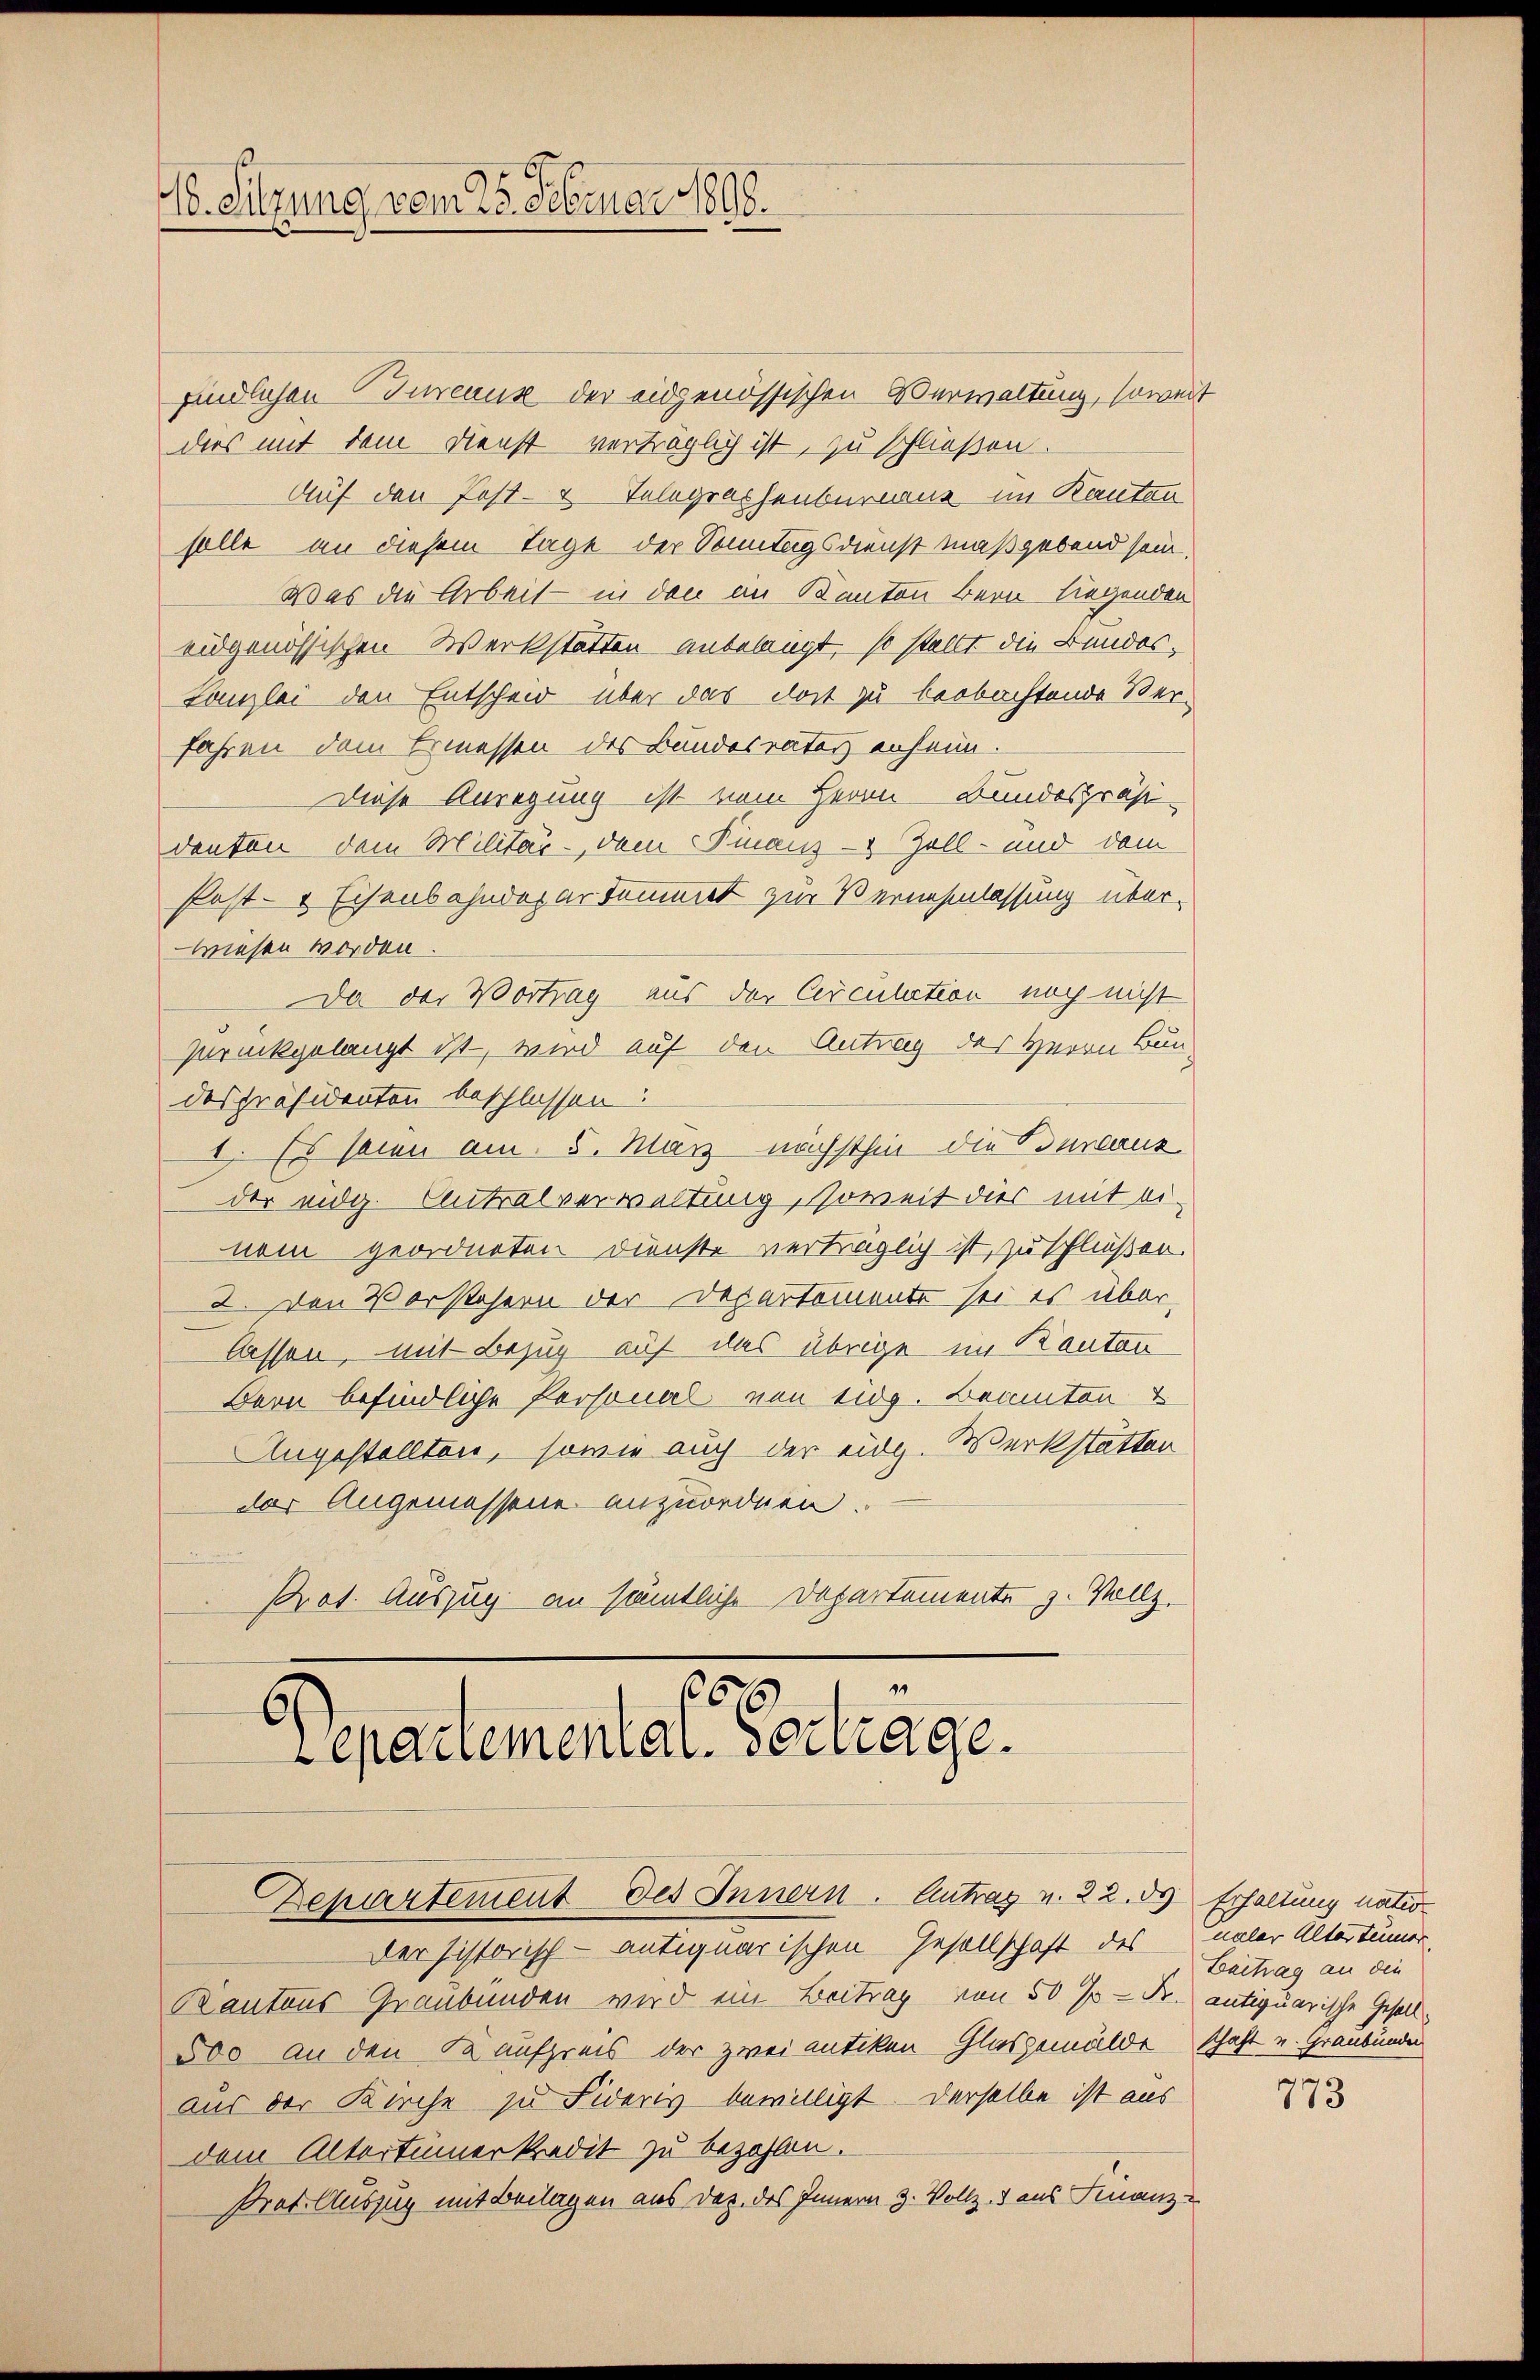
10. Sitzung vom 25. Februar 1890.

findlichen Bureaus der eidgenössischen Verwaltung, soweit
dies mit dem Dienst verträglich ist, zu schließen.
Auf den Post- & Telegraphenbureau im Kanton
solle an diesem Tage der Sonntagsdienst maßgebend sein.
Was die Arbeit in den an Kanton Bern liegenden
eidgenössischen Werkstatten anbelangt, so stellt die Bundes¬
Lanzlei den Entscheid über das dort zu beobachtende Verfahren dem Ermessen des Bundesrater anheim.
Diese Anregung ist vom Herrn Bundespräsi-
denten dem Militär - dem Finanz - Zoll- und dem
Post- & Eisenbahndepartammet zur Vernehmlassung über-
wiesen worden.
Da der Vortrag aus der Circulation noch nicht
zurückgelangt ist, wird auf den Antrag des Herrn Bundespräsidenten beschlossen:
I. Es seien am 5. März nächsthin die Bureaus
der eidg. Antralverwaltung, soweit dies mit ei-
nem geordneten Dienste verträglich ist, zu schließen.
2. Den Vorstehern der Departemente sei es über-
lassen, mit Bezug auf das übrige im Kanton
Bern befindliche Personal von eidg. Beamten
Angestellten, sowie auch der eidg. Werkstätten
der Angemessene anzuordnen.
Prot. Auszug an sämtliche Departemente z. Vollz
1

1616
6
epariementar vertrage.
Departement des Innern. Antrag u. 22. ds Erhaltung nation

Der historisch-antiquarischen Gesellschaft des naher Altertümer,
Kantons Graubünden wird ein Beitrag von 50 % - Fr. antiquarische Gesell¬
500 an den Kaufpreis der zwei antiken Glasgemälde schaft und Graubünden
Aus der Kirche zu Fideris bewilligt. Derselbe ist aus
dem Altertümer kredit zu bezahlen.
Pret. Auszug mit Beilagen aus daz des Innern H. Vollz. 3 aus Finanz-

Beitrag an die

773